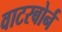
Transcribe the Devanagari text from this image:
वाटरबोर्न